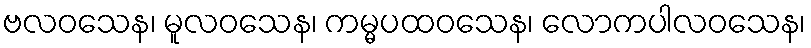
ဗလဝသေန၊ မူလဝသေန၊ ကမ္မပထဝသေန၊ လောကပါလဝသေန၊